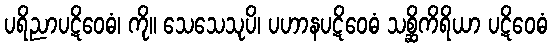
ပရိညာပဋိဝေဓံ၊ ကို။ သေသေသုပိ၊ ပဟာနပဋိဝေဓံ သစ္ဆိကိရိယာ ပဋိဝေဓံ